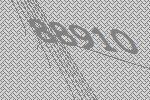
88910